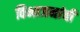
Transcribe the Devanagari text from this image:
विभाजनांची